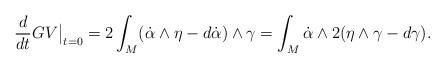
LaTeX: \begin{align*}\frac{d }{dt} GV \big|_{t=0}= 2 \int_M (\dot{\alpha} \wedge \eta - d \dot{\alpha})\wedge \gamma = \int_M \dot{\alpha} \wedge 2( \eta \wedge \gamma - d \gamma).\end{align*}